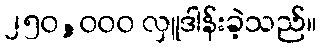
၂၅၀,၀၀၀ လှူဒါန်းခဲ့သည်။